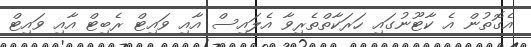
އެގޮތުން އެ ކާޓޫނުގައި ހަރަކާތްތެރިވާ އެލައިސް އާއި ވައިޓް ރެބިޓް އާއި ވައިޓް